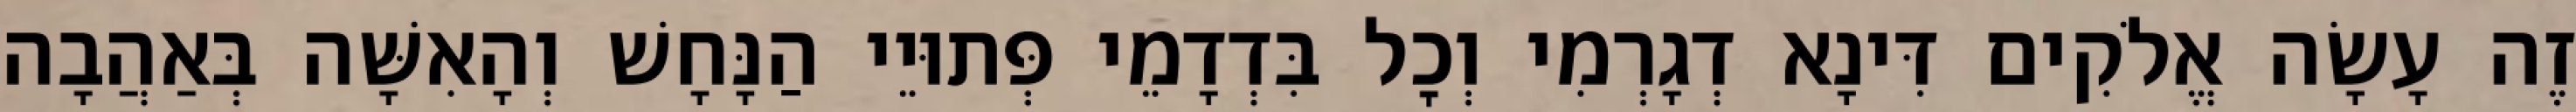
זֶה עָשָׂה אֱלֹקִים דִּינָא דְגָרְמִי וְכׇל בִּדְדָמֵי פְּתוּיֵי הַנָּחָשׁ וְהָאִשָּׁה בְּאַהֲבָה